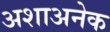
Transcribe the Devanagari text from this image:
अशाअनेक